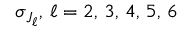
\sigma _ { J _ { \ell } } , \, \ell = 2 , \, 3 , \, 4 , \, 5 , \, 6